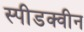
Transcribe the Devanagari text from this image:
स्पीडक्वीन